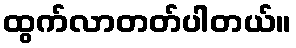
ထွက်လာတတ်ပါတယ်။